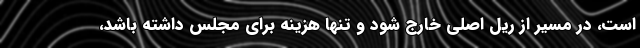
است، در مسیر از ریل اصلی خارج شود و تنها هزینه برای مجلس داشته باشد،